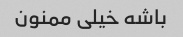
باشه خیلی ممنون